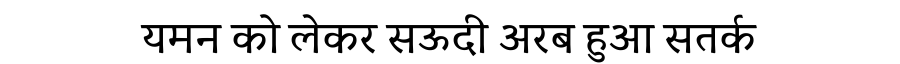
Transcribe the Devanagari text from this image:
यमन को लेकर सऊदी अरब हुआ सतर्क